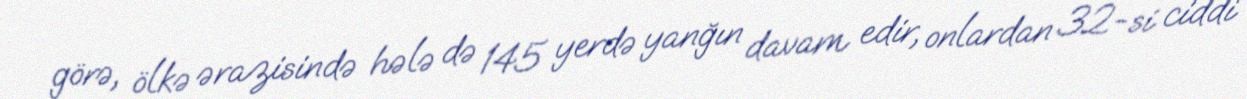
görə, ölkə ərazisində hələ də 145 yerdə yanğın davam edir, onlardan 32-si ciddi